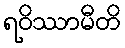
ရဝိဿာမီတိ